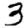
Digit: 3